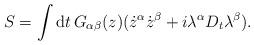
LaTeX: \begin{align*}S=\int {\rm d}t\,G_{\alpha\beta }(z)(\dot z^\alpha \dot z^\beta+i\lambda ^\alpha D_t \lambda ^\beta).\end{align*}